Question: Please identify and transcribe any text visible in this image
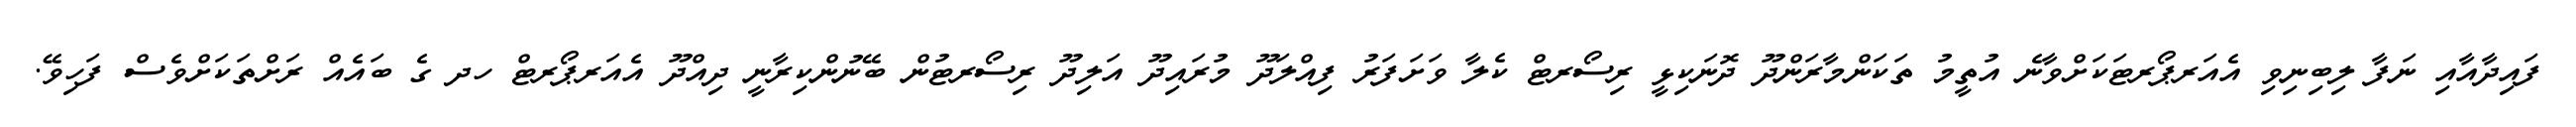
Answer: ފައިދާއާއި ނަފާ ލިބިނިވި އެއަރޕޯރޓަކަށްވާނެ އުތީމު ތަކަންމާރަންދޫ ދޮނަކިޅީ ރިސޯރޓް ކެލާ ވަށަފަރު ފިއްލަދޫ މުރައިދޫ އަލިދޫ ރިސޯރޓުން ބޭނުންކިރާނީ ދިއްދޫ އެއަރޕޯރޓް ހދ ގެ ބައެއް ރަށްތަކަށްވެސް ފަހިވޭ.